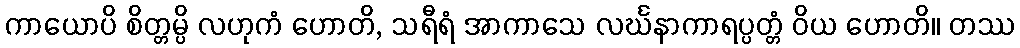
ကာယောပိ စိတ္တမ္ပိ လဟုကံ ဟောတိ, သရီရံ အာကာသေ လင်္ဃနာကာရပ္ပတ္တံ ဝိယ ဟောတိ။ တဿ